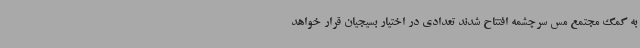
به کمک مجتمع مس سرچشمه افتتاح شدند تعدادی در اختیار بسیجیان قرار خواهد